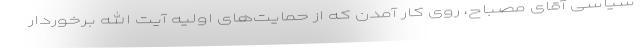
سیاسی آقای مصباح، روی کار آمدن که از حمایت‌های اولیه آیت الله برخوردار